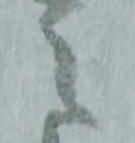
之